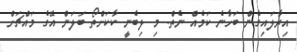
އިރާލައިގެން ބަހާނެ ކަމެއް ނެތް. މި ލިބެނީ ކާކަށްތޯ ބަލަން އޭގެ މައްޗަށް